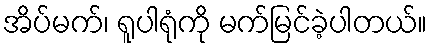
အိပ်မက်၊ ရူပါရုံကို မက်မြင်ခဲ့ပါတယ်။